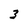
Character: 3